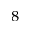
_ 8